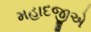
મહાદજીએ